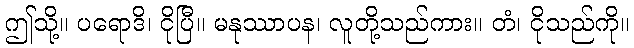
ဤသို့။ ပရောဒိ၊ ငိုပြီ။ မနုဿာပန၊ လူတို့သည်ကား။ တံ၊ ငိုသည်ကို။